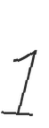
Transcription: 1